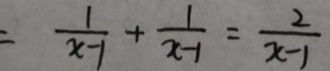
= \frac { 1 } { x - 1 } + \frac { 1 } { x - 1 } = \frac { 2 } { x - 1 }